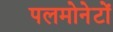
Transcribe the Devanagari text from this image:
पलमोनेटों